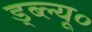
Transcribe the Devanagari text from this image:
ड्ब्ल्यू०